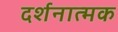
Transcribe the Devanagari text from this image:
दर्शनात्मक